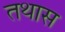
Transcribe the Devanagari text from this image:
तथास